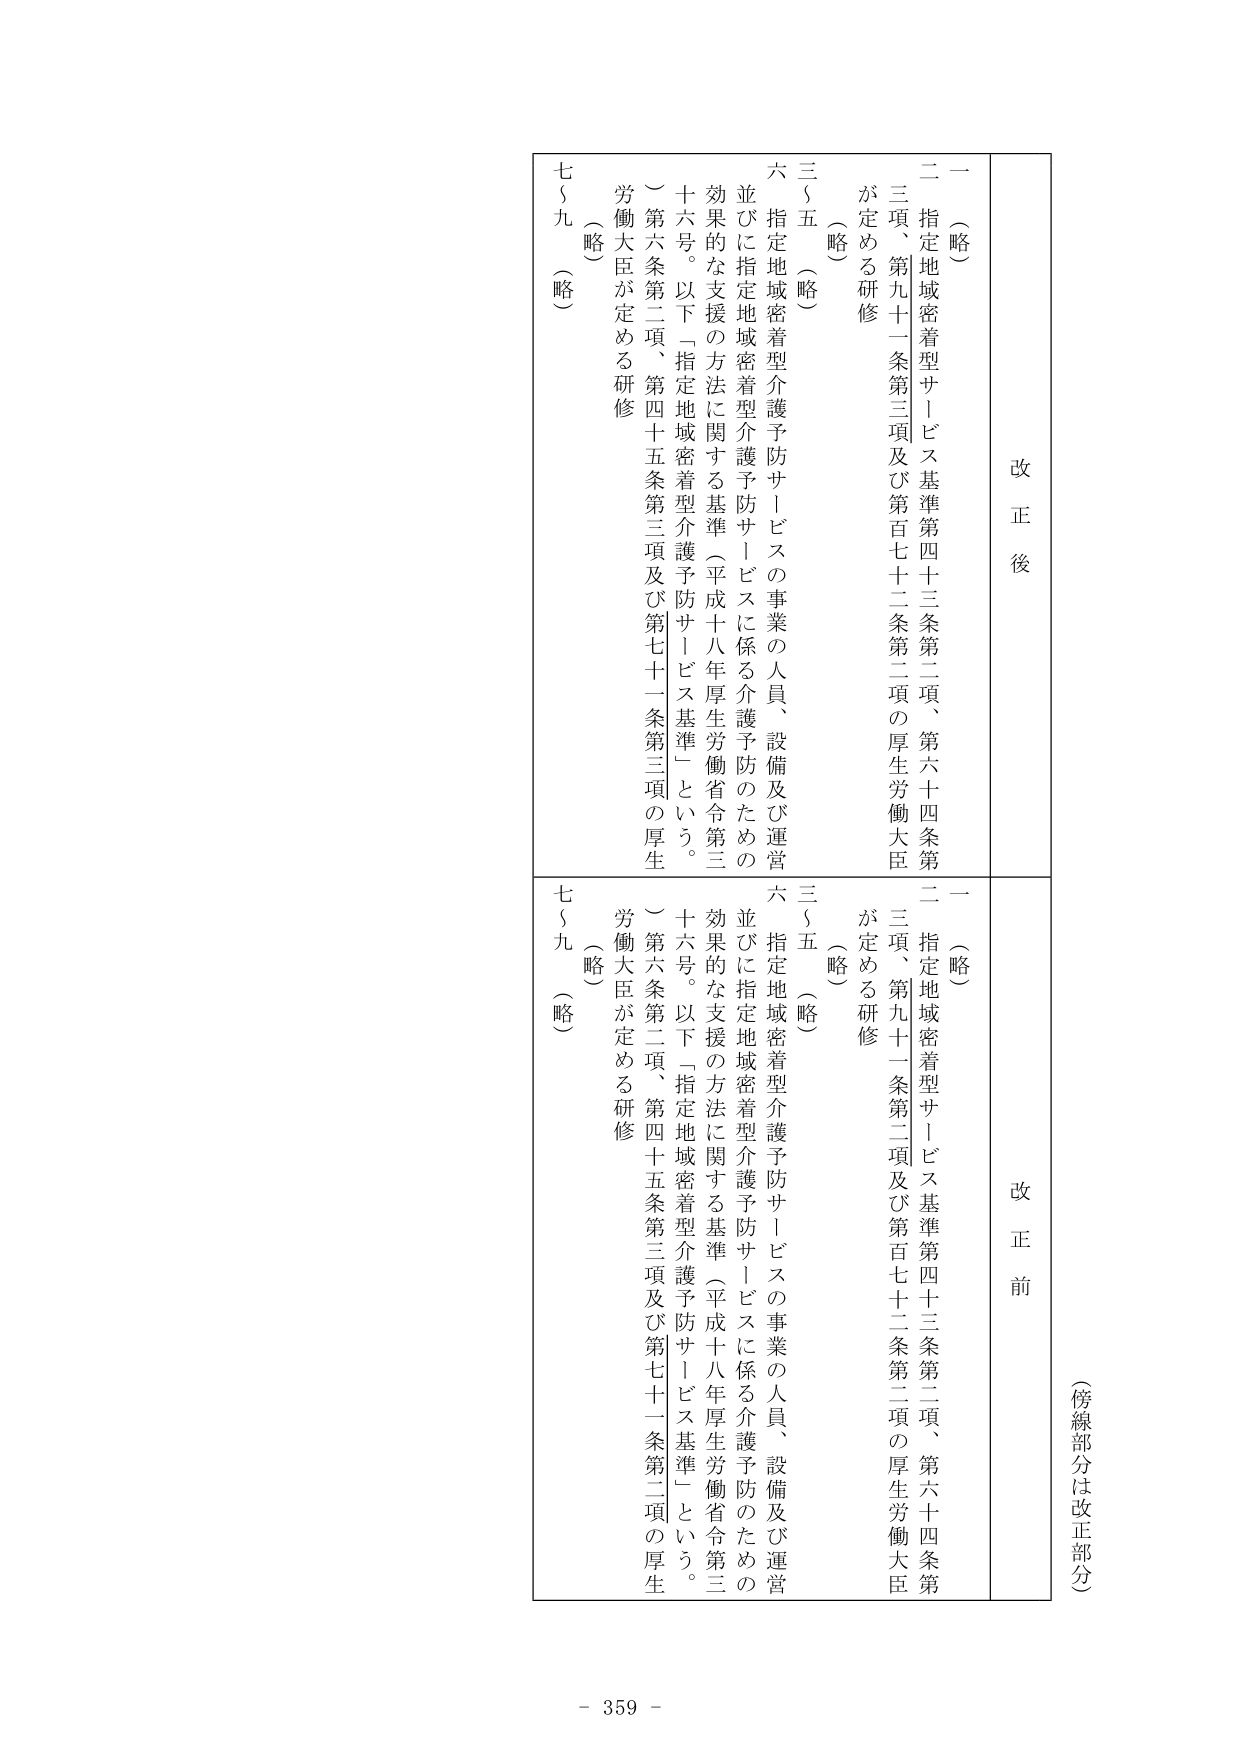
（傍線部分は改正部分）

改正後
一（略）
二 指定地域密着型サービス基準第四十三条第二項、第六十四条第三項、第九十一条第三項及び第百七十二条第二項の厚生労働大臣が定める研修
（略）
三～五（略）
六 指定地域密着型介護予防サービスの事業の人員、設備及び運営並びに指定地域密着型介護予防サービスに係る介護予防のための効果的な支援の方法に関する基準（平成十八年厚生労働省令第三十六号。以下「指定地域密着型介護予防サービス基準」という。）第六条第二項、第四十五条第三項及び第七十一条第三項の厚生労働大臣が定める研修
七～九（略）

改正前
一（略）
二 指定地域密着型サービス基準第四十三条第二項、第六十四条第三項、第九十一条第二項及び第百七十二条第二項の厚生労働大臣が定める研修
（略）
三～五（略）
六 指定地域密着型介護予防サービスの事業の人員、設備及び運営並びに指定地域密着型介護予防サービスに係る介護予防のための効果的な支援の方法に関する基準（平成十八年厚生労働省令第三十六号。以下「指定地域密着型介護予防サービス基準」という。）第六条第二項、第四十五条第三項及び第七十一条第二項の厚生労働大臣が定める研修
七～九（略）

- 359 -